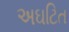
અઘટિત